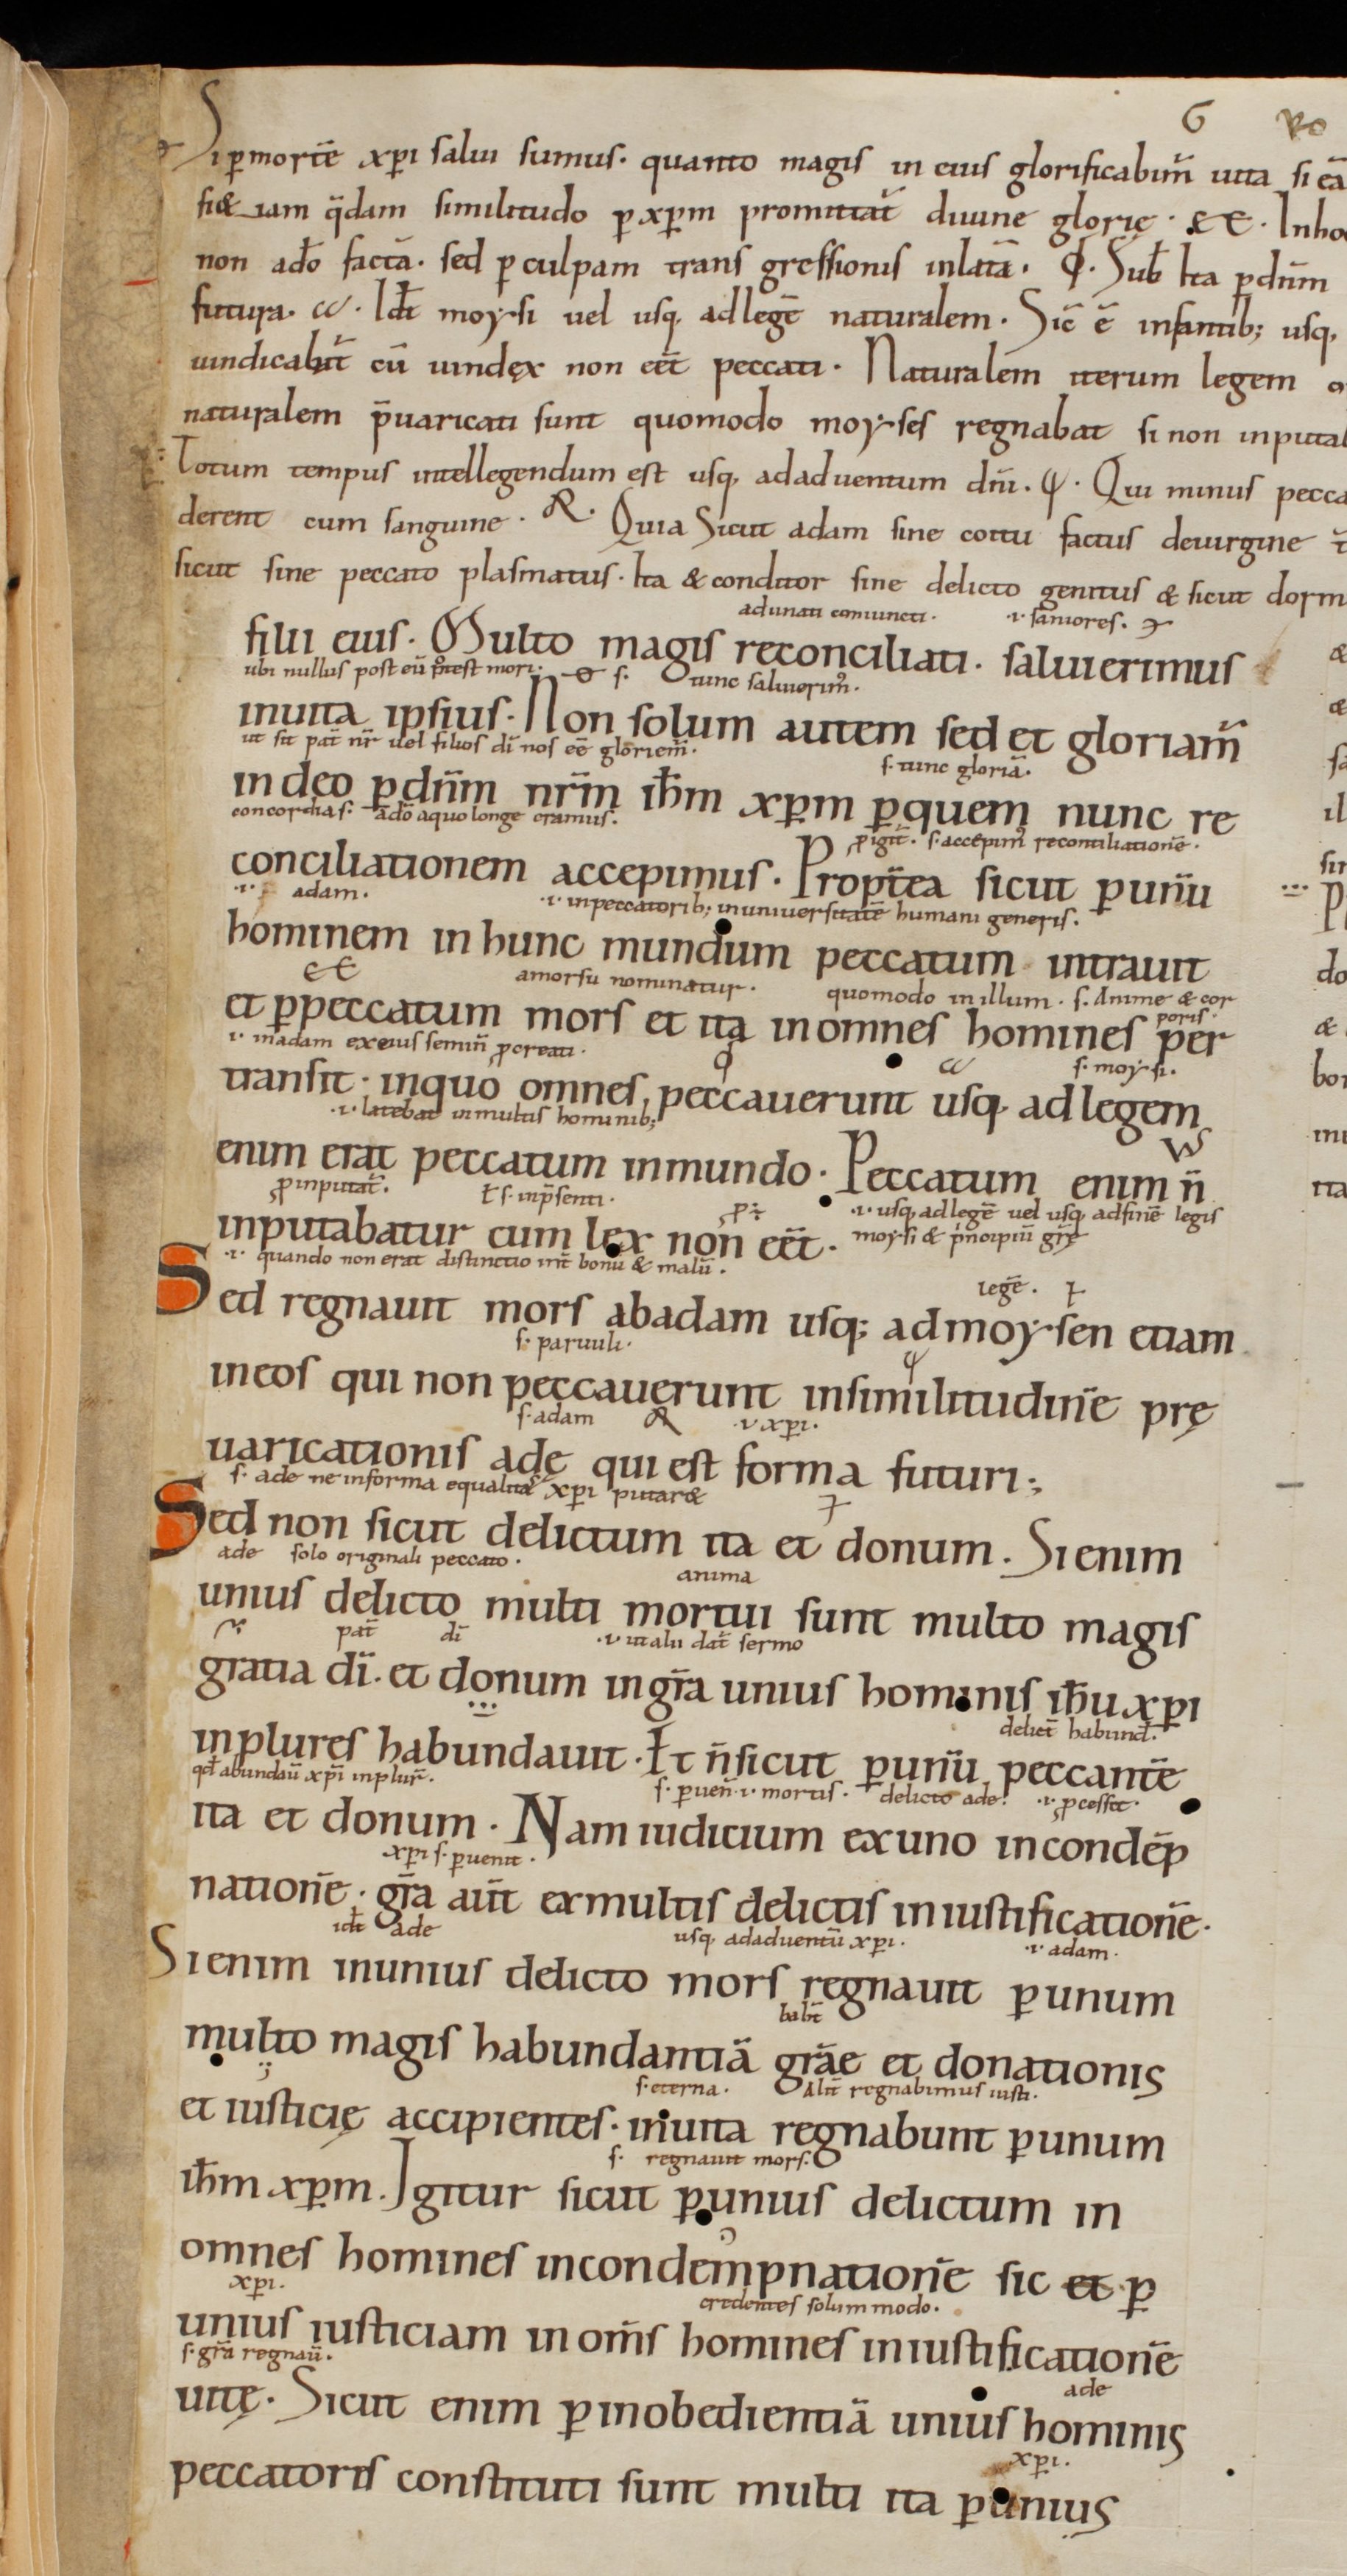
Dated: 900–999